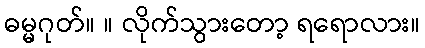
ဓမ္မဂုတ်။ ။ လိုက်သွားတော့ ရရောလား။